Report on horse surra - Volume I
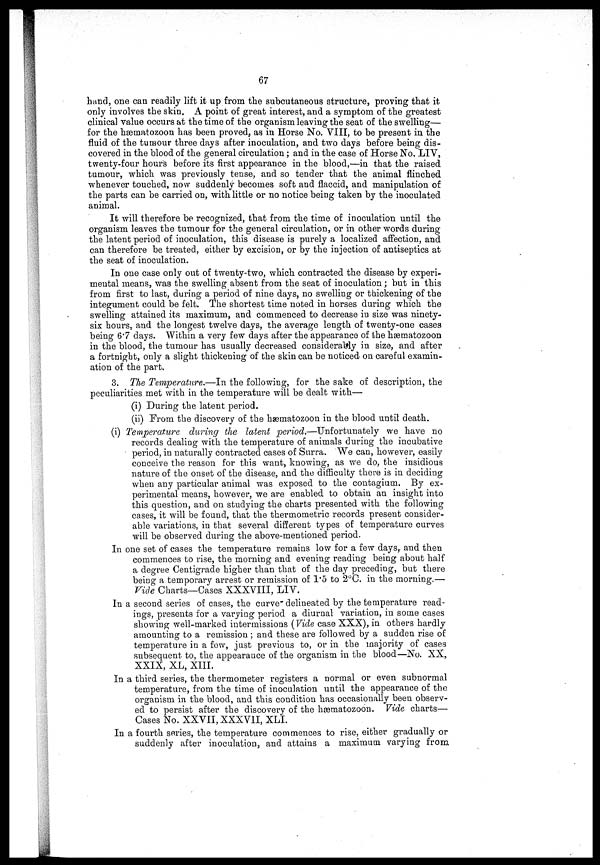
67
hand, one can readily lift it up from the subcutaneous structure, proving that it
only involves the skin. A point of great interest, and a symptom of the greatest
clinical value occurs at the time of the organism leaving the seat of the swelling—
for the hæmatozoon has been proved, as in Horse No. VIII, to be present in the
fluid of the tumour three days after inoculation, and two days before being dis-
covered in the blood of the general circulation ; and in the case of Horse No. LIV,
twenty-four hour's before its first appearance in the blood,—in that the raised
tumour, which was previously tense, and so tender that the animal flinched
whenever touched, now suddenly becomes soft and flaccid, and manipulation of
the parts can be carried on, with little or no notice being taken by the inoculated
animal.
It will therefore be recognized, that from the time of inoculation until the
organism leaves the tumour for the general circulation, or in other words during
the latent period of inoculation, this disease is purely a localized affection, and
can therefore be treated, either by excision, or by the injection of antiseptics at
the seat of inoculation.
In one case only out of twenty-two, which contracted the disease by experi-
mental means, was the swelling absent from the seat of inoculation ; but in this
from first to last, during a period of nine days, no swelling or thickening of the
integument could be felt. The shortest time noted in horses during which the
swelling attained its maximum, and commenced to decrease in size was ninety-
six hours, and the longest twelve days, the average length of twenty-one cases
being 6.7 days. Within a very few days after the appearance of the hæmatozoon
in the blood, the tumour has usually decreased considerably in size, and after
a fortnight, only a slight thickening of the skin can be noticed on careful examin-
ation of the part.
3. The Temperature.—In the following, for the sake of description, the
peculiarities met with in the temperature will be dealt with—
(i) During the latent period.
(ii) Prom the discovery of the hæmatozoon in the blood until death.
(i) Temperature during the latent period.—Unfortunately we have no
records dealing with the temperature of animals during the incubative
period, in naturally contracted cases of Surra. We can, however, easily
conceive the reason for this want, knowing, as we do, the insidious
nature of the onset of the disease, and the difficulty there is in deciding
when any particular animal was exposed to the contagium. By ex-
perimental means, however, we are enabled to obtain an insight into
this question, and on studying the charts presented with the following
cases, it will be found, that the thermometric records present consider-
able variations, in that several different types of temperature curves
will be observed during the above-mentioned period.
In one set of cases the temperature remains low for a few days, and then
commences to rise, the morning and evening reading being about half
a degree Centigrade higher than that of the day preceding, but there
being a temporary arrest or remission of 1.5 to 2°C. in the morning.—
Vide Charts—Cases XXXVIII, LIV.
In a second series of cases, the curve delineated by the temperature read-
ings, presents for a varying period a diurnal variation, in some cases
showing well-marked intermissions (Vide case XXX), in others hardly
amounting to a remission ; and these are followed by a sudden rise of
temperature in a few, just previous to, or in the majority of cases
subsequent to, the appearance of the organism in the blood—No. XX,
XXIX, XL, XIII.
In a third series, the thermometer registers a normal or even subnormal
temperature, from the time of inoculation until the appearance of the
organism in the blood, and this condition has occasionally been observ-
ed to persist after the discovery of the hæmatozoon. Vide charts—
Cases No. XXVII, XXXVII, XLI.
In a fourth series, the temperature commences to rise, either gradually or
suddenly after inoculation, and attains a maximum varying from